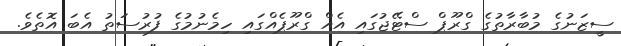
ސީޒަނުގެ މުބާރާތުގެ ގްރޫޕް ސްޓޭޖުގައި އެއް ގްރޫޕެއްގައި ހިމެނުމުގެ ފުރުސަތު އެބަ އޮތެވެ.